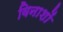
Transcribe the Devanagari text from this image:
विनाशों